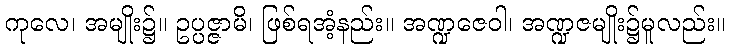
ကုလေ၊ အမျိုး၌။ ဥပ္ပဇ္ဇာမိ၊ ဖြစ်ရအံ့နည်း။ အဏ္ဍဇေဝါ၊ အဏ္ဍဇမျိုး၌မူလည်း။